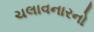
ચલાવનારનો